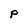
Character: p